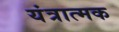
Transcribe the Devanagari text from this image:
यंत्रात्मक